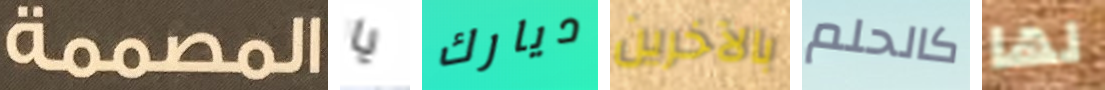
المصممة يا ديارك بالآخرين كالحلم لها